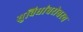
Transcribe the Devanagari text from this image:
सुविधांबरोबरच